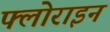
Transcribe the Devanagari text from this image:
फ्लोराइन